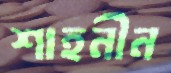
শাহনীন